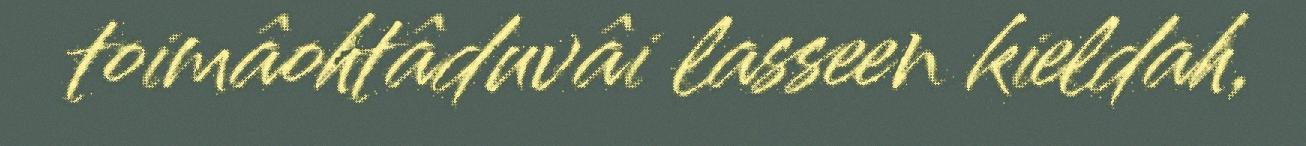
toimâohtâduvâi lasseen kieldah,